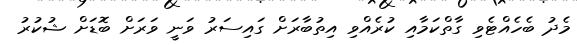
މެދު ބެހެއްޓެވި ގާތްކަމާއި ކުރެއްވި އިތުބާރަށް ގައިސަރު ވަނީ ވަރަށް ބޮޑަށް ޝުކުރު